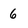
Character: 6